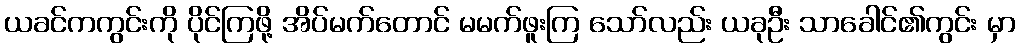
ယခင်ကကွင်းကို ပိုင်ကြဖို့ အိပ်မက်တောင် မမက်ဖူးကြ သော်လည်း ယခုဦး သာခေါင်၏ကွင်း မှာ